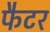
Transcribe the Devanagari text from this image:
फैटर